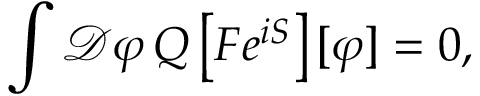
\int { \mathcal { D } } \varphi \, Q \left[ F e ^ { i S } \right] [ \varphi ] = 0 ,